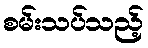
စမ်းသပ်သည့်